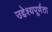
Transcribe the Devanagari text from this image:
उद्देश्यपूर्णता